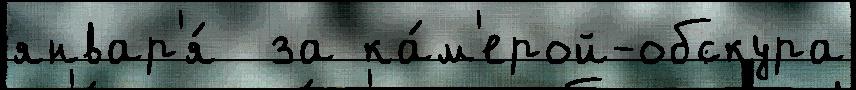
январ'я́  за ка́м'ерой-обскура